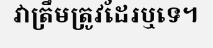
វាត្រឹមត្រូវដែរឬទេ។